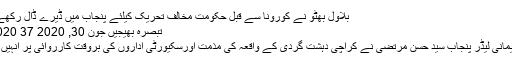
بلاول بھٹو نے کورونا سے قبل حکومت مخالف تحریک کیلئے پنجاب میں ڈیرے ڈال رکھے تھے مگر کورونا…
تبصرہ بھیجیں جون 30, 2020 June 30, 2020 37 مناظر
لاہور: پیپلز پارٹی پارلیمانی لیڈر پنجاب سید حسن مرتضیٰ نے کراچی دہشت گردی کے واقعہ کی مذمت اورسکیورٹی اداروں کی بروقت کارروائی پر انہیں خراج تحسین پیش کیا ۔